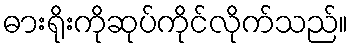
ဓားရိုးကိုဆုပ်ကိုင်လိုက်သည်။